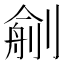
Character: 𠞼